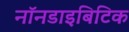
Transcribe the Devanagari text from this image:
नॉनडाइबिटिक